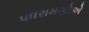
પધરામણીએ